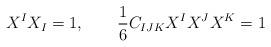
LaTeX: \begin{align*}X^I X_I=1 , \qquad {1\over 6}C_{IJK} X^I X^J X^K =1\end{align*}